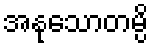
အနုသောတမ္ပိ